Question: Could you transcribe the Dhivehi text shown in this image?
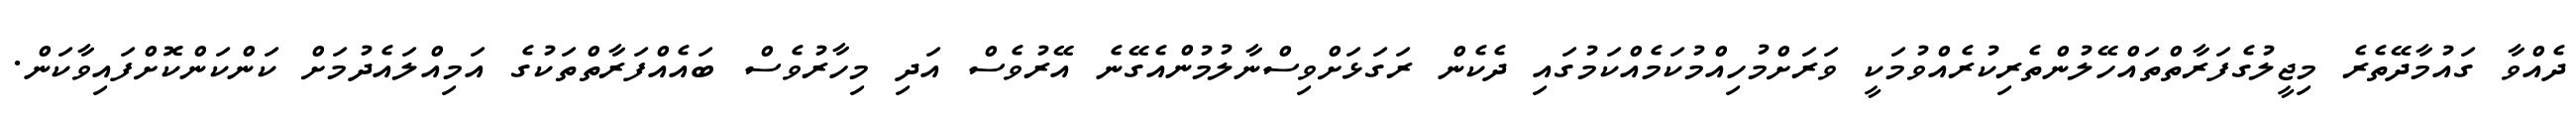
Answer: ދެއްވާ ގައުމާދޭތެރެ މިޖީލުގެފަރާތްތައްހޭލުންތެރިކުރެއްވުމަކީ ވަރަށްމުހިއްމުކަމެއްކަމުގައި ދެކެން ރަގަޅަށްވިސްނާލުމުންއެގޭނެ އޭރުވެސް އަދި މިހާރުވެސް ބައެއްފަރާތްތަކުގެ އަމިއްލައެދުމަށް ކަންކަންކޮށްފައިވާކަން.